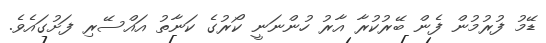
ޑޭމު ފުރުމުން ފެން ބޭރުކުރާ އާރު ހުންނަނީ ކޯރުގެ ކަނާތު އައްސޭރި ފަށުގައެވެ.